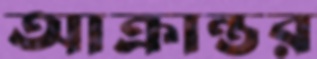
আক্রান্তর